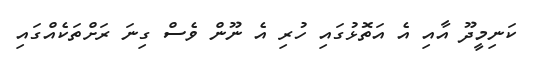
ކަނިމީދޫ އާއި އެ އަތޮޅުގައި ހުރި އެ ނޫން ވެސް ގިނަ ރަށްތަކެއްގައި